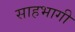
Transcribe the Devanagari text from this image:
साहभागी